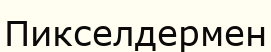
Пикселдермен